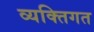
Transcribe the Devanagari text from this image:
व्यक्‍तिगत